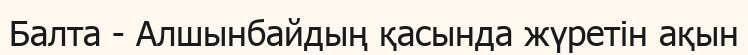
Балта - Алшынбайдың қасында жүретін ақын